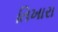
તિખારા